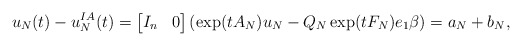
\begin{align*}u_N(t)-u_N^{IA}(t)=\begin{bmatrix} I_n & 0\end{bmatrix} \left( \exp( t A_N) u_N - Q_N \exp( t F_N) e_1 \beta \right) =a_N+b_N,\end{align*}